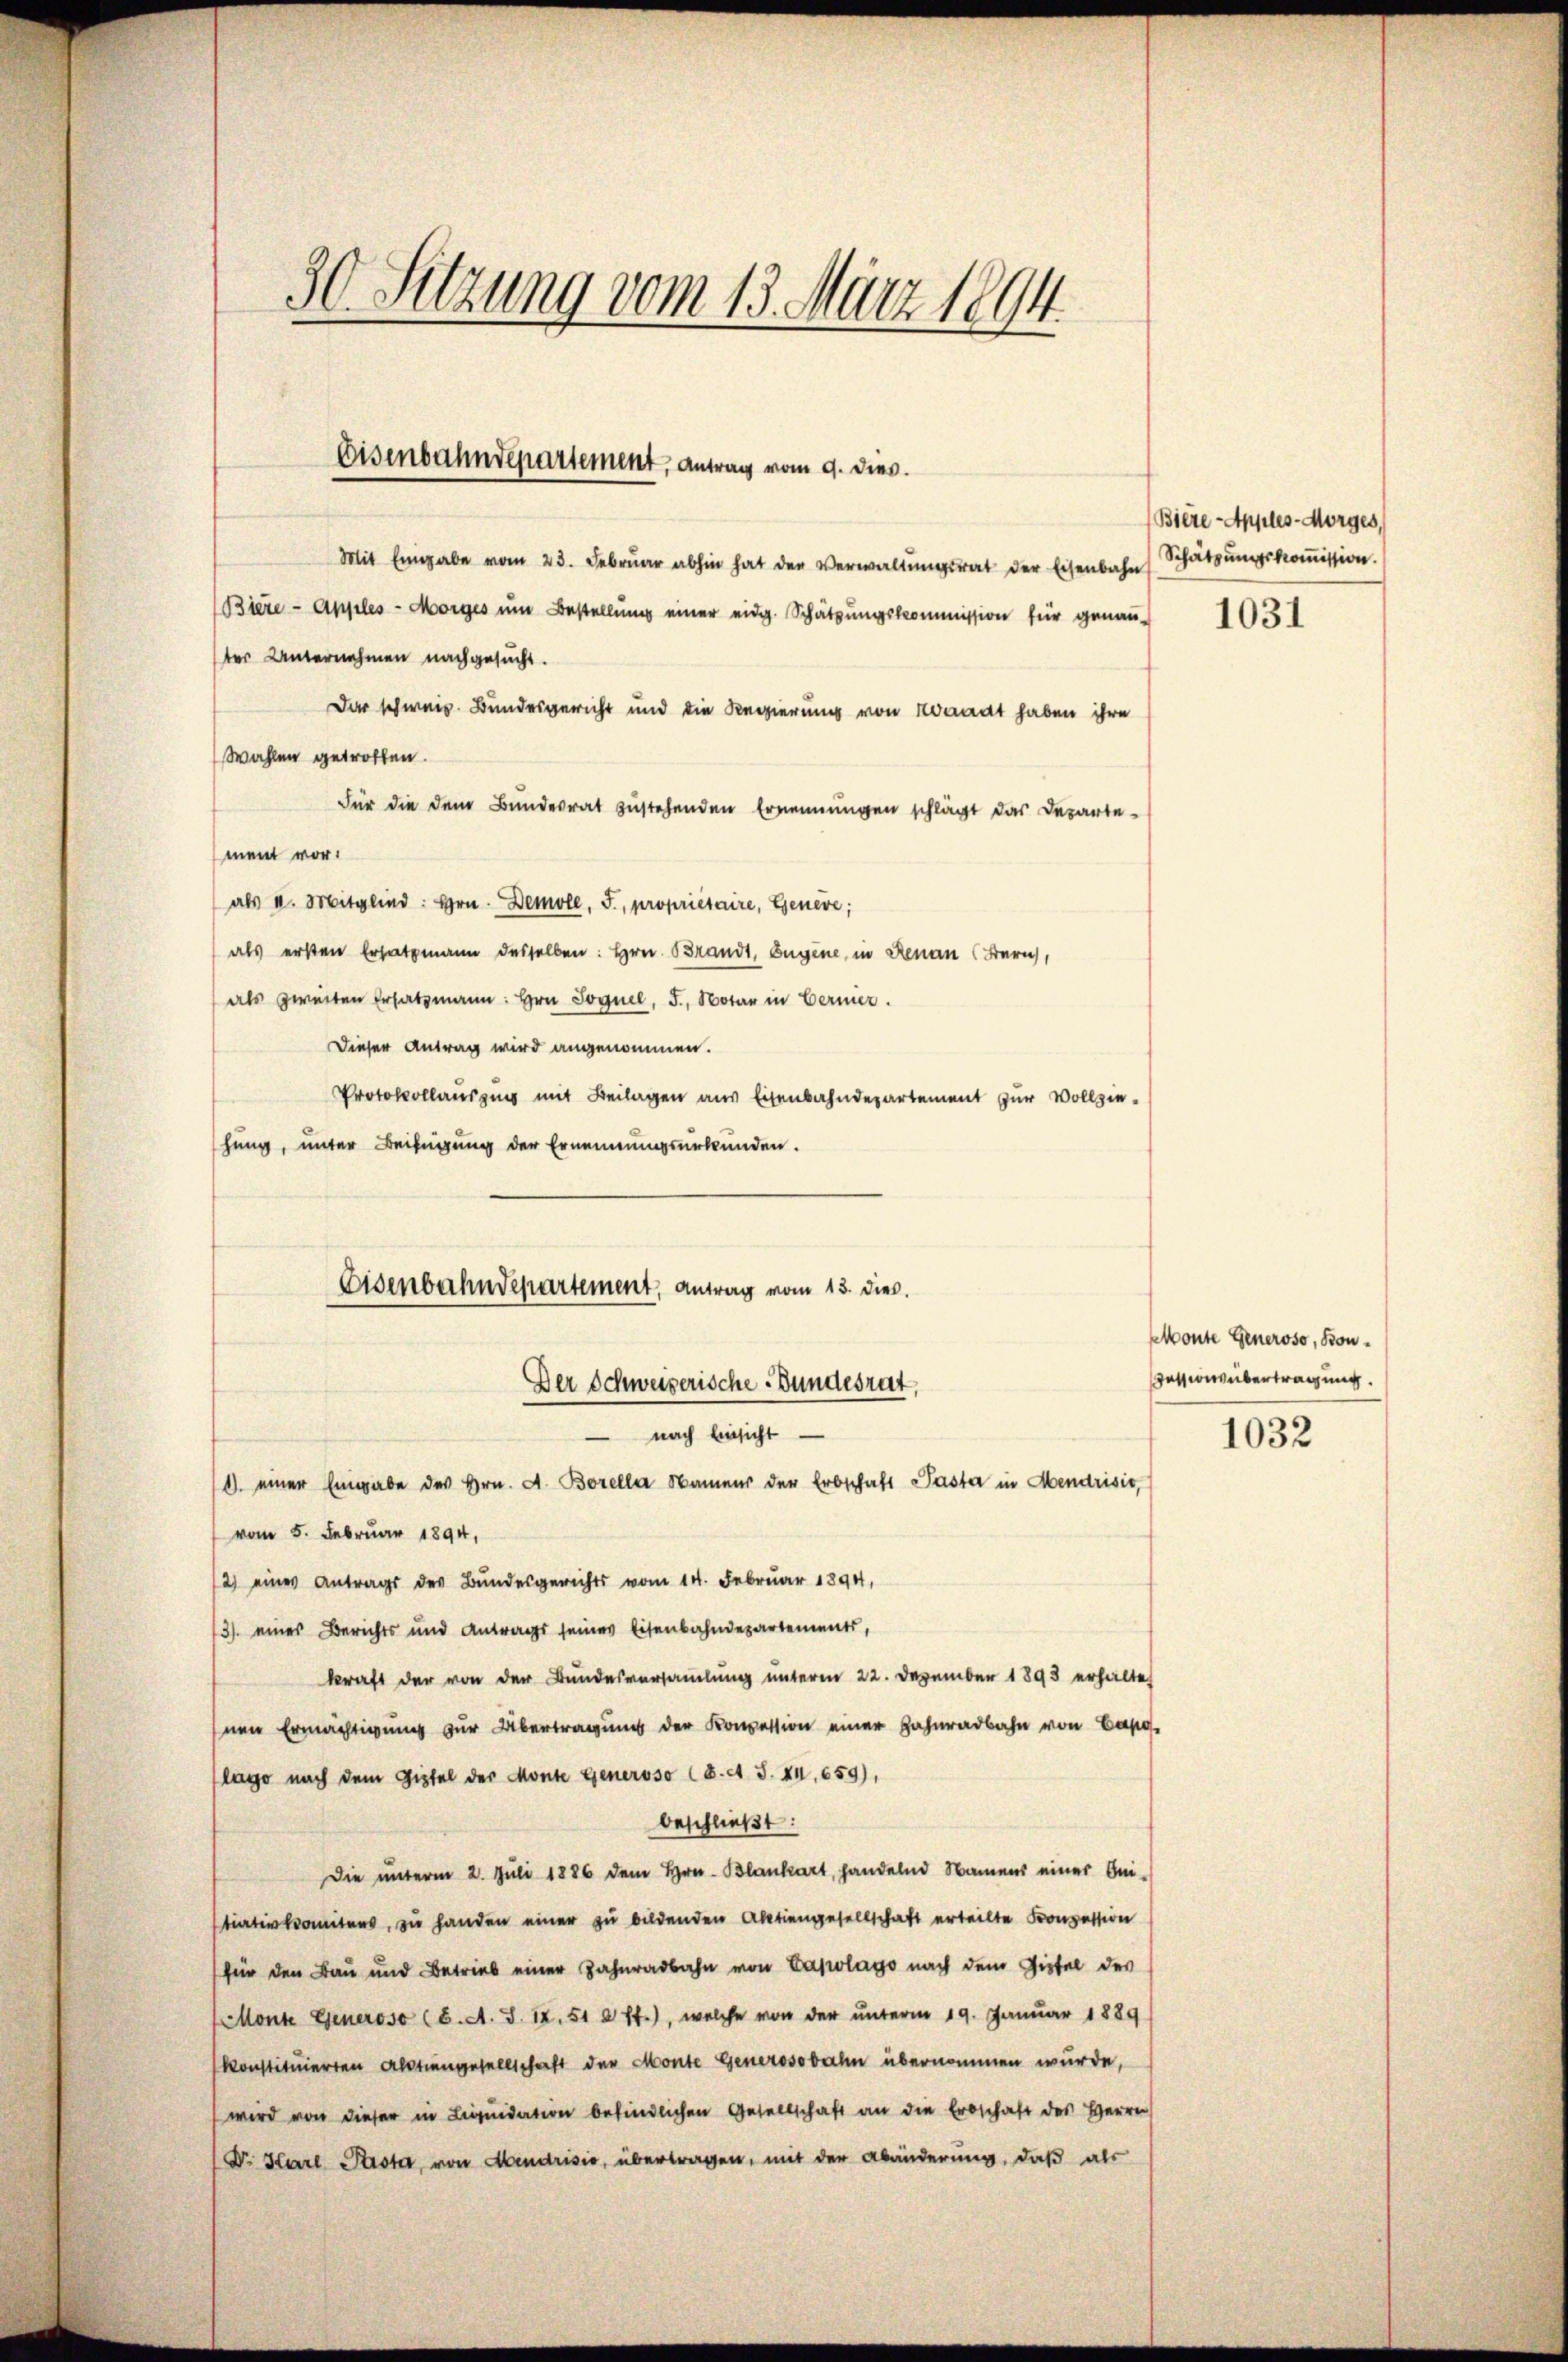
30. Setzung vom 13. März 1894.

Disenbahndepartement, Antrag vom 9. dies.

Mit Eingabe vom 23. Febrŭar abhin hat der Verwaltŭngsrat der Eisenbahn, Schatzŭngskoṁission.
Biere Appeles Morges ŭm Bestellŭng einer eidg. Schätzŭngskommission für genau 1031
ter Unternehmen nachgesucht.
Dar schweiz. Bundesgericht und die Regierung von Waadt haben ihre
Wahlen getroffen.
Für die dem Bundesrat zustehenden Ernennungen schlägt das Departement vor.
als I. Mitglied: Hrn. Demoll, F., propriétaire, Genere;
als ersten Ersatzmann desselben: Hrn. Brandt, Eugene, in Renau (Bern,
als zweiten Ersatzmann: Hrn. Soguel, 5. Notar in Bernier.
Dieser Antrag wird angenommen.
Protokollauszug mit Beilagen aus Eisenbahndepartement zur Vollziehung, unter Beifügung der Ernennungsurkunden.
1) einer Eingabe des Hrn. A. Borelle Namens der Erbschaft Pasta in Mendrisis,
vom 5. Februar 1894,
2) eines Antrags des Bundesgerichts vom 14. Februar 1894,
/3) eines Berichts und Antrags seines Eisenbahndepartements,
kraft der von der Bundesversamlung unterm 22. Dezember 1893 erhaltet
nen Ermächtigung zur Übertragung der Konzession einer Zahnradbahn von Cap
lage nach dem Gipfel der Monte Generoso (S. S. XII, 659),
beschließt:
Die unterm 2. Juli 1886 dem Hrn. Blankart, handelnd Namens einer Oni-
tiativkomitens, zu handen einer zu bildenden Aktiengesellschaft erteilte Konzession
für den Bau und Betrieb einer Zahnadbahn von Capolago nach dem Gipfel des
etonte Generoso (6. A. S. 12. 510 ff.), welche von der unterm 19. Januar 1889
konstituierten Aktiengesellschaft der Monte Generosobahn übernommen wurde,
wird von dieser in Liqŭidation befindlichen Gesellschaft an die Erbschaft des Herren
Dr. Karl Prota, von Mendrisie, übertragen, mit der Abänderung, daß als

Eisenbahndepartement, Antrag vom 13. dies.
Der Schweizerische Bundesrat,
nach Einsicht

Bière-Apples-Morges,

skonte Generoso, Konession übertragung
1032